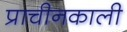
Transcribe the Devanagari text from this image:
प्राचीनकाली